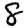
Digit: 8